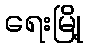
ရေးမြို့